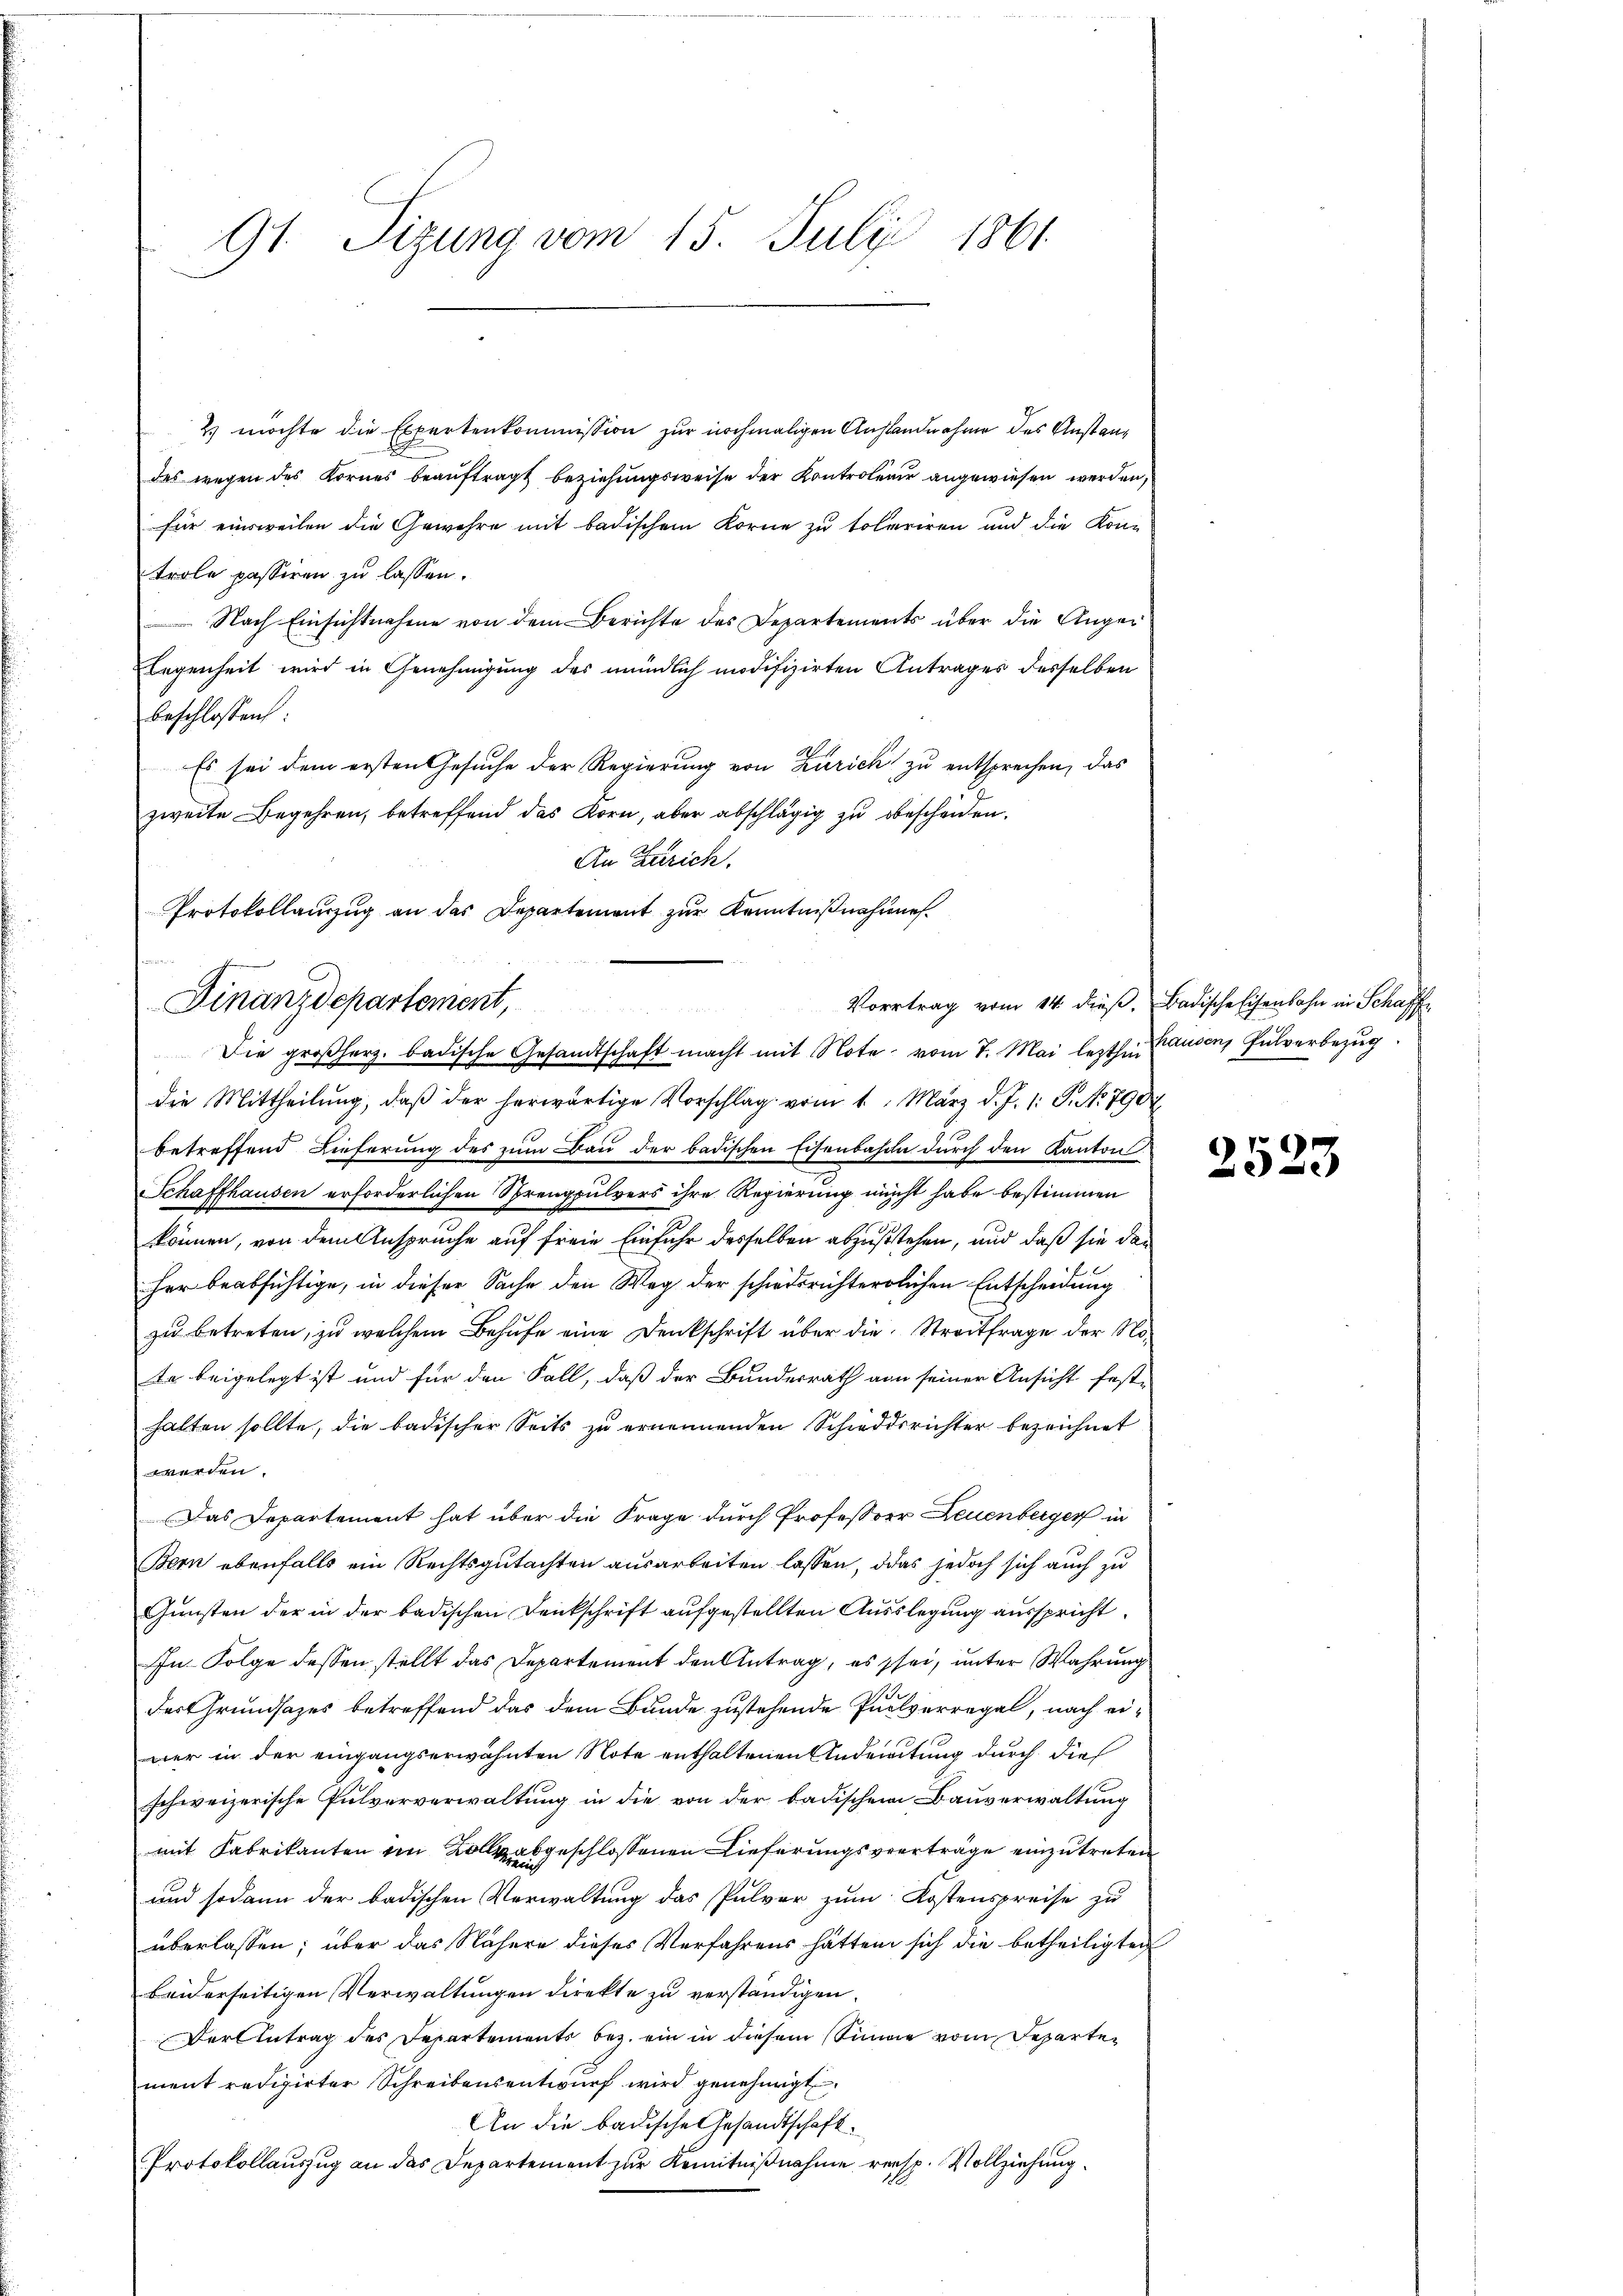
91 Sizung vom 15. Juli 1861

2) möchte die Expertenkommission zur nochmaligen Anstandnahme des Anstandes wegen des Kornes beaŭftragt beziehungsweise der Kontroleur angewiesen werden,
für einsweilen die Gewehre mit badischem Korne zu toteriren und die Kon-
trole passiren zu lassen.
Nach Einsichtnahme von dem Berichte des Departements über die Anger
Legenheit wird in Genehmigung des mündlich modifizirten Antrages desselben
beschlossen:
Es sei dem ersten Gesuche der Regierung von Zürich zu entsprechen, das
zweite Begehren, betreffend das Korn, aber abschlägig zu bescheiden.
An Zürich.
die Mittheilung, daß der herwärtige Vorschlag vom 1. März d. J. 1. J. No 790
betreffend Lieferung des zum Bau der badischen Eisenbahne durch den Kanton
Schaffhausen erforderlichen Sprengpulvers ihre Regierung nicht habe bestimmen
können, von dem Anspruche auf freie Einfuhr desselben abzustehen, und daß sie das
her beabsichtige, in dieser Sache den Weg der schiedsrichterlichen Entscheidung
zu betreten, zu welchem Behufe eine Denkschrift über die Streitfrage der No¬
Da beigelegt ist und für den Fall, daß der Bundesrath von seiner Ansicht fest-
halten sollte, die badischer Seits zu ernennenden Schiedsrichter bezeichnet
werden.
Das Departement hat über die Frage durch Professor Leuenberger in
Bern ebenfalls ein Rechtsgutachten ausarbeiten lassen, das jedoch sich auch zu
Gunsten der in der badischen Denkschrift aufgestellten Ausslegung ausspricht.
In Folge dessen stellt das Departement den Antrag, es sei, unter Wahrung
derrundsazes betreffend das dem Bunde zustehende Pulverregal, nach einer in der eingangserwähnten Note enthaltenen Andreitung durch dies
schweizerische Pulververwaltung in die von der badischen Bauverwaltung
mit Fabrikanton im Kolle abgeschlossenen Lieferungsverträge einzutreten
und sodann der badischen Verwaltung das Pulver zum Kostenspreise zu
überlassen; über das Nähere dieses Verfahrens hätten sich die betheiligten
beiderseitigen Verwaltungen direkte zu verständigen.
Der Antrag des Departements bez. ein in diesem Sinne vom Departement redigirter Schreibensentwŭrf wird genehmigt.
An die badische Gesandtschaft.
Protokollauszug an das Departement zur Kenntnißnahme rensp. Vollziehung.

Protokollanzug an das Departement zur Kenntnißnahmen.
Finanzdepartement, Vortrag vom 14. dieß. Badische Eisenbahn in Schaff
Die großherz badische Gesandtschaft macht mit Note vom 7. Mai lezthin Hausen, Pulverbezug

2523